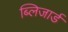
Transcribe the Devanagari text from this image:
ब्लिजार्ड